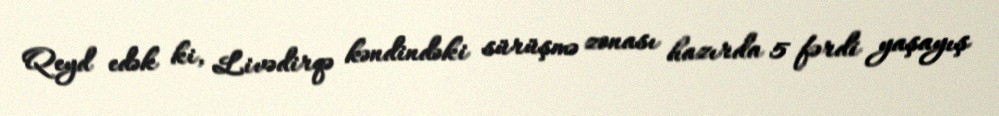
Qeyd edək ki, Livədirqə kəndindəki sürüşmə zonası hazırda 5 fərdi yaşayış